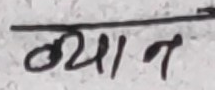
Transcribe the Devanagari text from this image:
न्यान